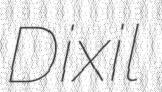
Dixil